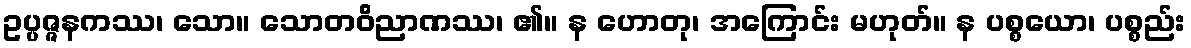
ဥပ္ပဇ္ဇနကဿ၊ သော။ သောတဝိညာဏဿ၊ ၏။ န ဟောတု၊ အကြောင်း မဟုတ်။ န ပစ္စယော၊ ပစ္စည်း